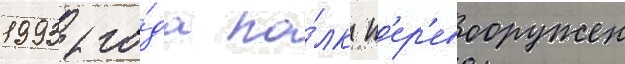
1993 го́да по́лк п'ер'евооружен